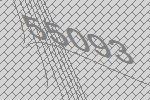
55093